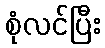
စုံလင်ပြီး